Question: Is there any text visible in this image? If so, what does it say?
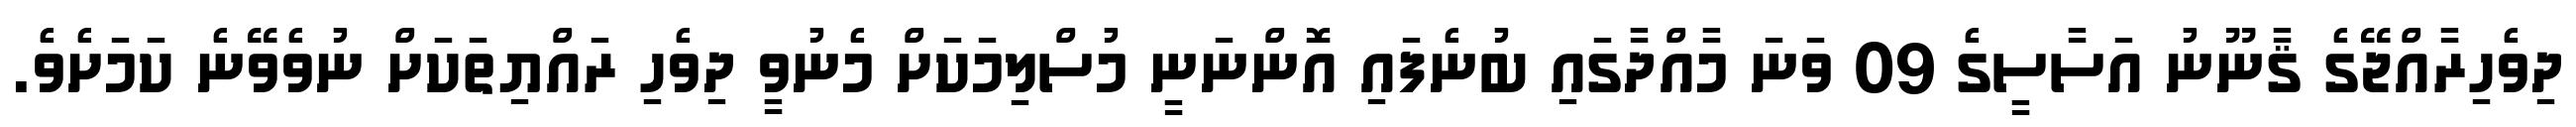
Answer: ދިވެހިރާއްޖޭގެ ޤާނޫނު އަސާސީގެ 09 ވަނަ މާއްދާގައި ބުނެފައި އޮންނަނީ މުސްލިމަކަށް މެނުވީ ދިވެހި ރައްޔިތަކަށް ނުވެވޭނެ ކަމަށެވެ.